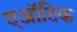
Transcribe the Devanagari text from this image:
एऑटिक